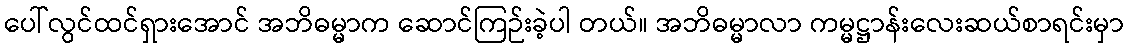
ပေါ်လွင်ထင်ရှားအောင် အဘိဓမ္မာက ဆောင်ကြဉ်းခဲ့ပါ တယ်။ အဘိဓမ္မာလာ ကမ္မဋ္ဌာန်းလေးဆယ်စာရင်းမှာ